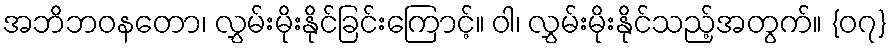
အဘိဘဝနတော၊ လွှမ်းမိုးနိုင်ခြင်းကြောင့်။ ဝါ၊ လွှမ်းမိုးနိုင်သည့်အတွက်။ {၀၇}